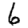
Digit: 6